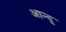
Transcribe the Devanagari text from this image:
आन्दु